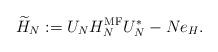
LaTeX: \begin{align*}\widetilde{H}_{N}:=U_{N}H_{N}^{\operatorname{MF}}U^*_{N}-Ne_H.\end{align*}